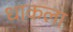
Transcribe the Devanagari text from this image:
धाकला